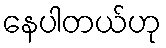
နေပါတယ်ဟု